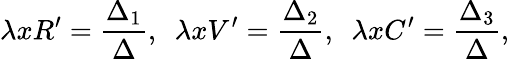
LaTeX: \lambda xR^{\prime}=\frac{\Delta_{1}}{\Delta},\ \ \lambda xV^{\prime}=\frac{\Delta_{2}}{\Delta},\ \ \lambda xC^{\prime}=\frac{\Delta_{3}}{\Delta},